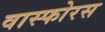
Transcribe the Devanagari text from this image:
वास्फोरस